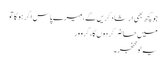
جو کچھ بھی ارشاد کریں گے، میرے پاس اگر ہو گا تو
میں حاضر کر دوں گا، گرو ور
یہ لو خنجر ۔